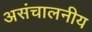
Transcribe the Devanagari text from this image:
असंचालनीय